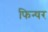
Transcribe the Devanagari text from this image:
फिन्षर